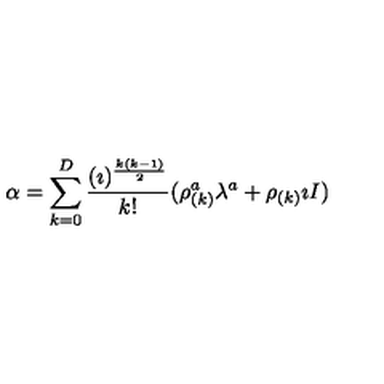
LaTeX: \alpha = \sum _ { k = 0 } ^ { D } { \frac { ( \imath ) ^ { \frac { k ( k - 1 ) } { 2 } } } { k ! } } ( \rho _ { ( k ) } ^ { a } \lambda ^ { a } + \rho _ { ( k ) } \imath I )